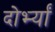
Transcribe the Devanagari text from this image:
दोर्भ्यां